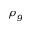
\rho _ { g }